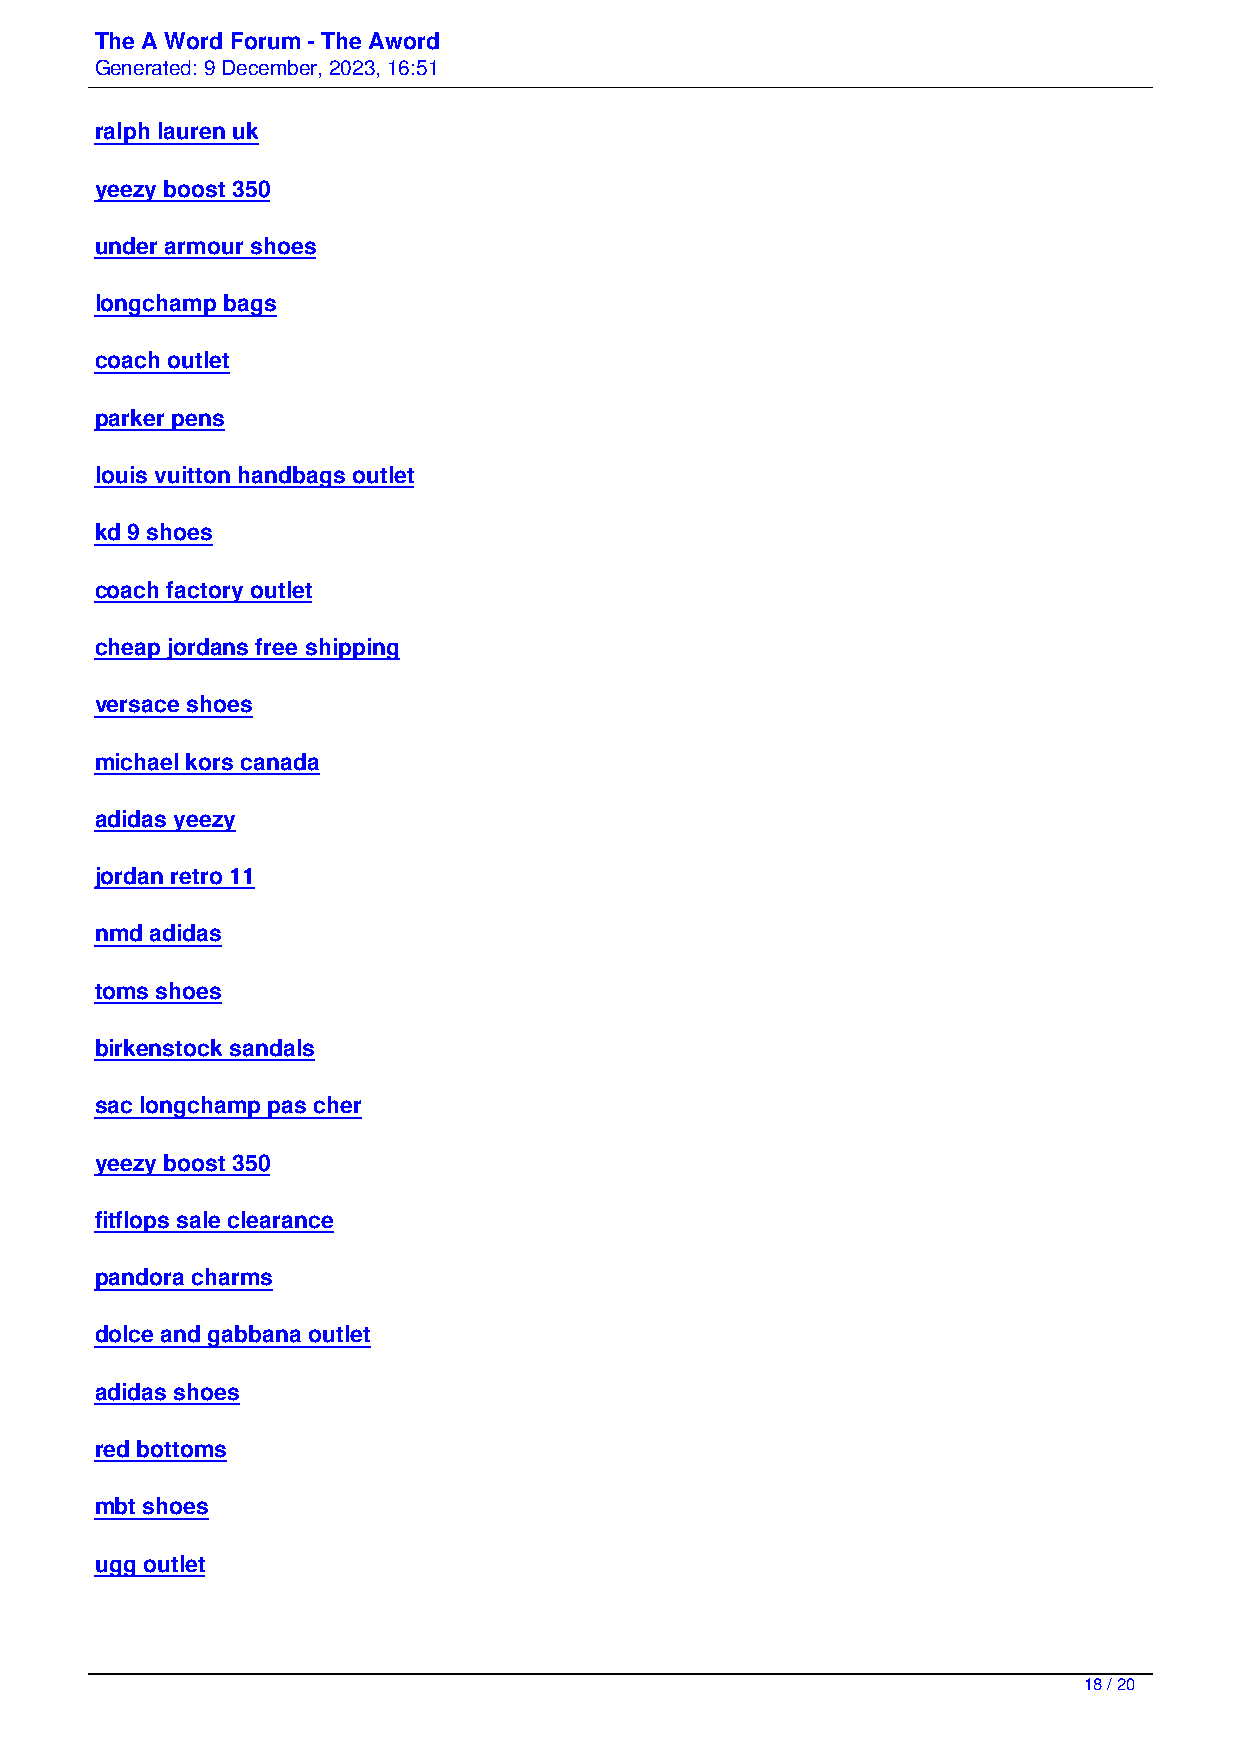
The A Word Forum - The Aword
 Generated: 9 December, 2023, 16:51
 ralph lauren uk
 yeezy boost 350
 under armour shoes
 longchamp bags
 coach outlet
 parker pens
 louis vuitton handbags outlet
 kd 9 shoes
 coach factory outlet
 cheap jordans free shipping
 versace shoes
 michael kors canada
 adidas yeezy
 jordan retro 11
 nmd adidas
 toms shoes
 birkenstock sandals
 sac longchamp pas cher
 yeezy boost 350
 fitflops sale clearance
 pandora charms
 dolce and gabbana outlet
 adidas shoes
 red bottoms
 mbt shoes
 ugg outlet
 18 / 20